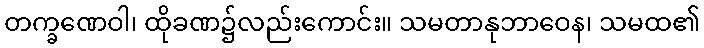
တက္ခဏေဝါ၊ ထိုခဏ၌လည်းကောင်း။ သမတာနုဘာဝေန၊ သမထ၏